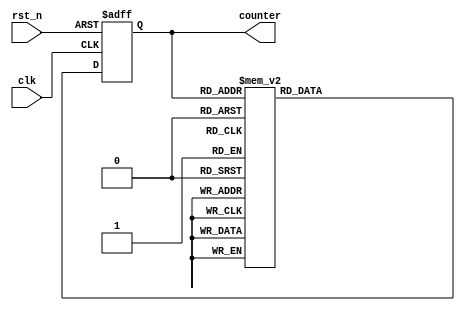
module gray_code_ring_counter (
    input wire clk,
    input wire rst_n,
    output reg [3:0] counter
);

reg [3:0] next_counter;

always @(posedge clk or negedge rst_n) begin
    if (~rst_n) begin
        counter <= 4'b0000;
    end else begin
        counter <= next_counter;
    end
end

always @* begin
    case(counter)
        4'b0000: next_counter = 4'b0001;
        4'b0001: next_counter = 4'b0011;
        4'b0011: next_counter = 4'b0010;
        4'b0010: next_counter = 4'b0110;
        4'b0110: next_counter = 4'b0111;
        4'b0111: next_counter = 4'b0101;
        4'b0101: next_counter = 4'b0100;
        4'b0100: next_counter = 4'b1100;
        4'b1100: next_counter = 4'b1101;
        4'b1101: next_counter = 4'b1111;
        4'b1111: next_counter = 4'b1110;
        default: next_counter = 4'b0000;
    endcase
end

endmodule